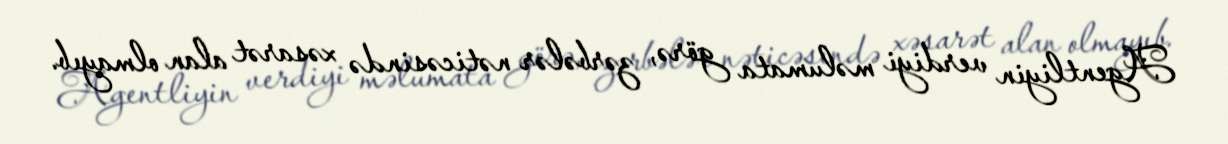
Agentliyin verdiyi məlumata görə, zərbələr nəticəsində xəsarət alan olmayıb.